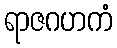
ရာဇဂဟကံ